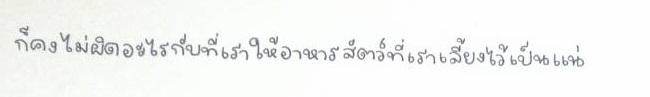
ก็คงไม่ผิดอะไรกับที่เราให้อาหารสัตว์ที่เราเลี้ยงไว้เป็นแน่